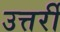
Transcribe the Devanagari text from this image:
उत्तर्री